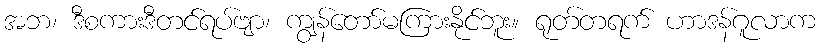
အဘ၊ ဒီစကားဒီတင်ရပ်ဗျာ၊ ကျွန်တော်မကြားနိုင်ဘူး။ ရုတ်တရက် ဟာဒန်ဂူလာက